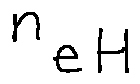
n _ { e H }